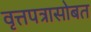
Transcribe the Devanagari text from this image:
वृत्तपत्रासोबत